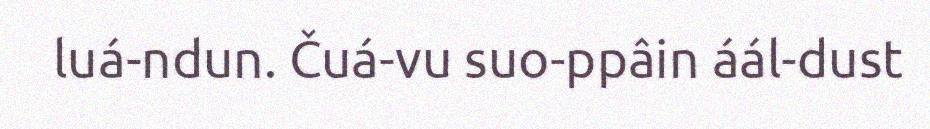
luá-ndun. Čuá-vu suo-ppâin áál-dust